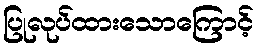
ပြုလုပ်ထားသောကြောင့်